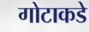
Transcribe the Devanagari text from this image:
गोटाकडे